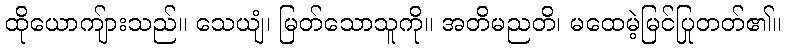
ထိုယောကျ်ားသည်။ သေယျံ၊ မြတ်သောသူကို။ အတိမညတိ၊ မထေမဲ့မြင်ပြုတတ်၏။